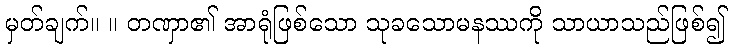
မှတ်ချက်။ ။ တဏှာ၏ အာရုံဖြစ်သော သုခသောမနဿကို သာယာသည်ဖြစ်၍